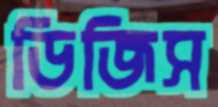
ডিজিস